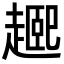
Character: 𬦘